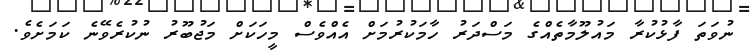
ނުވަތަ ފާޅުކުރާ މައުލޫމާތެއްގެ މަސްދަރު ހާމަކުރުމަށް އެއްވެސް މީހަކަށް މަޖުބޫރު ނުކުރެވޭނެ ކަމަށެވެ.